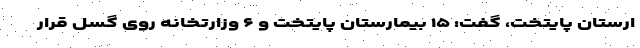
ارستان پایتخت، گفت: ۱۵ بیمارستان پایتخت و ۶ وزارتخانه روی گسل قرار